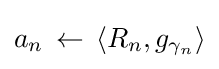
a_{n}\,\leftarrow \,\langle R_{n},g_{\gamma _{n}}\rangle